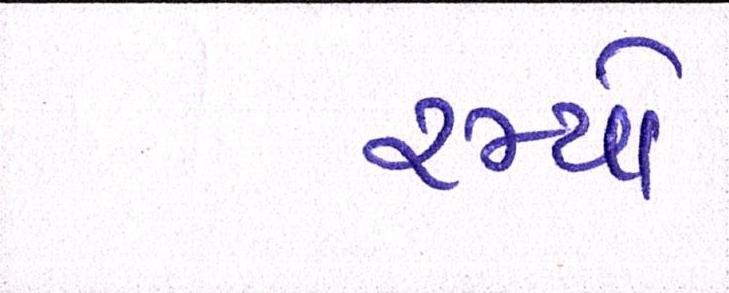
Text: રમ્યો